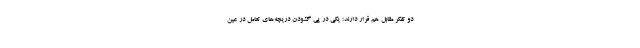
دو تفکر مقابل هم قرار دارند: یکی در پی گشودن دریچه‌های تعامل در عین